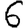
Digit: 6